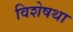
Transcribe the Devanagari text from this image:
विशेषथा